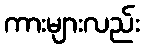
ကားများလည်း